Indian journal of veterinary science and animal husbandry - Volumes 15-17, 1948-1951
Year: 1948
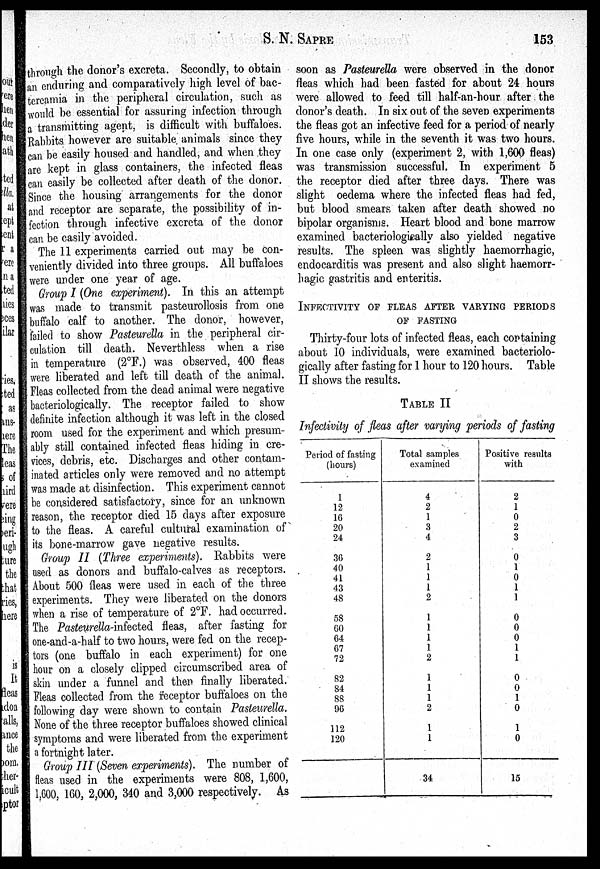
S. N.
SAPRE
153
through the donor's excreta. Secondly, to obtain
an enduring and comparatively high level of bac-
tereamia in the peripheral circulation, such as
would be essential for assuring infection through
a transmitting agent, is difficult with buffaloes.
Rabbits however are suitable animals since they
can be easily housed and handled, and when they
are kept in glass containers, the infected fleas
can easily be collected after death of the donor.
Since the housing arrangements for the donor
and receptor are separate, the possibility of in-
fection through infective excreta of the donor
can be easily avoided.
The 11 experiments carried out may be con-
veniently divided into three groups. All buffaloes
were under one year of age.
Group I (One experiment). In this an attempt
was made to transmit pasteurollosis from one
buffalo calf to another. The donor, however,
failed to show Pasteurella in the peripheral cir-
culation till death. Neverthless when a rise
in temperature (2ºF.) was observed, 400 fleas
were liberated and left till death of the animal.
Fleas collected from the dead animal were negative
bacteriologically. The receptor failed to show
definite infection although it was left in the closed
room used for the experiment and which presum-
ably still contained infected fleas hiding in cre-
vices, debris, etc. Discharges and other contam-
inated articles only were removed and no attempt
was made at disinfection. This experiment cannot
be considered satisfactory, since for an unknown
reason, the receptor died 15 days after exposure
to the fleas. A careful cultural examination of
its bone-marrow gave negative results.
Group II (Three experiments). Rabbits were
used as donors and buffalo-calves as receptors.
About 500 fleas were used in each of the three
experiments. They were liberated on the donors
when a rise of temperature of 2ºF. had occurred.
The Pasteurella-infected fleas, after fasting for
one-and-a-half to two hours, were fed on the recep-
tors (one buffalo in each experiment) for one
hour on a closely clipped circumscribed area of
skin under a funnel and then finally liberated.
Fleas collected from the receptor buffaloes on the
following day were shown to contain Pasteurella.
None of the three receptor buffaloes showed clinical
symptoms and were liberated from the experiment
a fortnight later.
Group III (Seven experiments). The number of
fleas used in the experiments were 808, 1,600,
1,600, 160, 2,000, 340 and 3,000 respectively. As
soon as Pasteurella were observed in the donor
fleas which had been fasted for about 24 hours
were allowed to feed till half-an-hour after the
donor's death. In six out of the seven experiments
the fleas got an infective feed for a period of nearly
five hours, while in the seventh it was two hours.
In one case only (experiment 2, with 1,600 fleas)
was transmission successful. In experiment 5
the receptor died after three days. There was
slight oedema where the infected fleas had fed,
but blood smears taken after death showed no
bipolar organisms. Heart blood and bone marrow
examined bacteriologically also yielded negative
results. The spleen was slightly haemorrhagic,
endocarditis was present and also slight haemorr-
hagic gastritis and enteritis.
INFECTIVITY OF FLEAS AFTER VARYING PERIODS
OF FASTING
Thirty-four lots of infected fleas, each containing
about 10 individuals, were examined bacteriolo-
gically after fasting for 1 hour to 120 hours. Table
II shows the results.
TABLE II
Infectivity of fleas after varying periods of fasting
Period of fasting
(hours)
1
12
16
20
24
36
40
41
43
48
58
60
64
67
72
82
84
88
96
112
120
Total samples
examined
4
2
1
3
4
2
1
1
1
2
1
1
1
1
2
1
1
1
2
1
1
34
Positive results
with
2
1
0
2
3
0
1
0
1
1
0
0
0
1
1
0
0
1
0
1
0
15